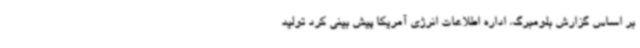
بر اساس گزارش بلومبرگ، اداره اطلاعات انرژی آمریکا پیش بینی کرد تولید